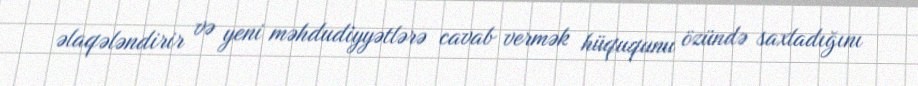
əlaqələndirir və yeni məhdudiyyətlərə cavab vermək hüququnu özündə saxladığını